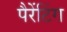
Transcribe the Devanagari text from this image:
पैरेंटिंग